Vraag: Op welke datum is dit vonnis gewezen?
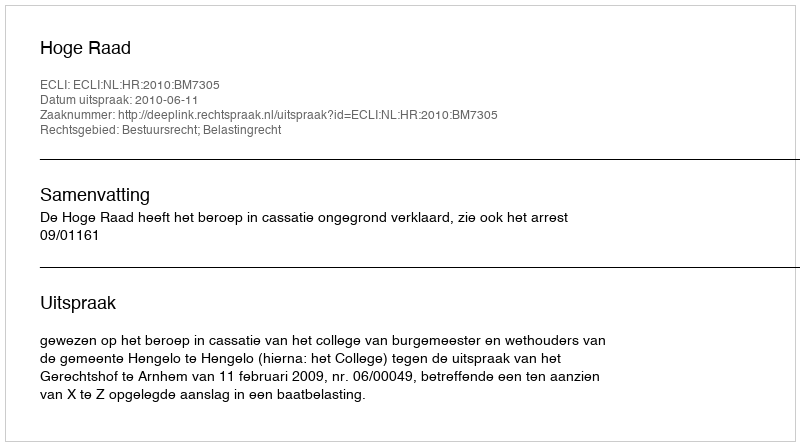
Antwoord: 2010-06-11